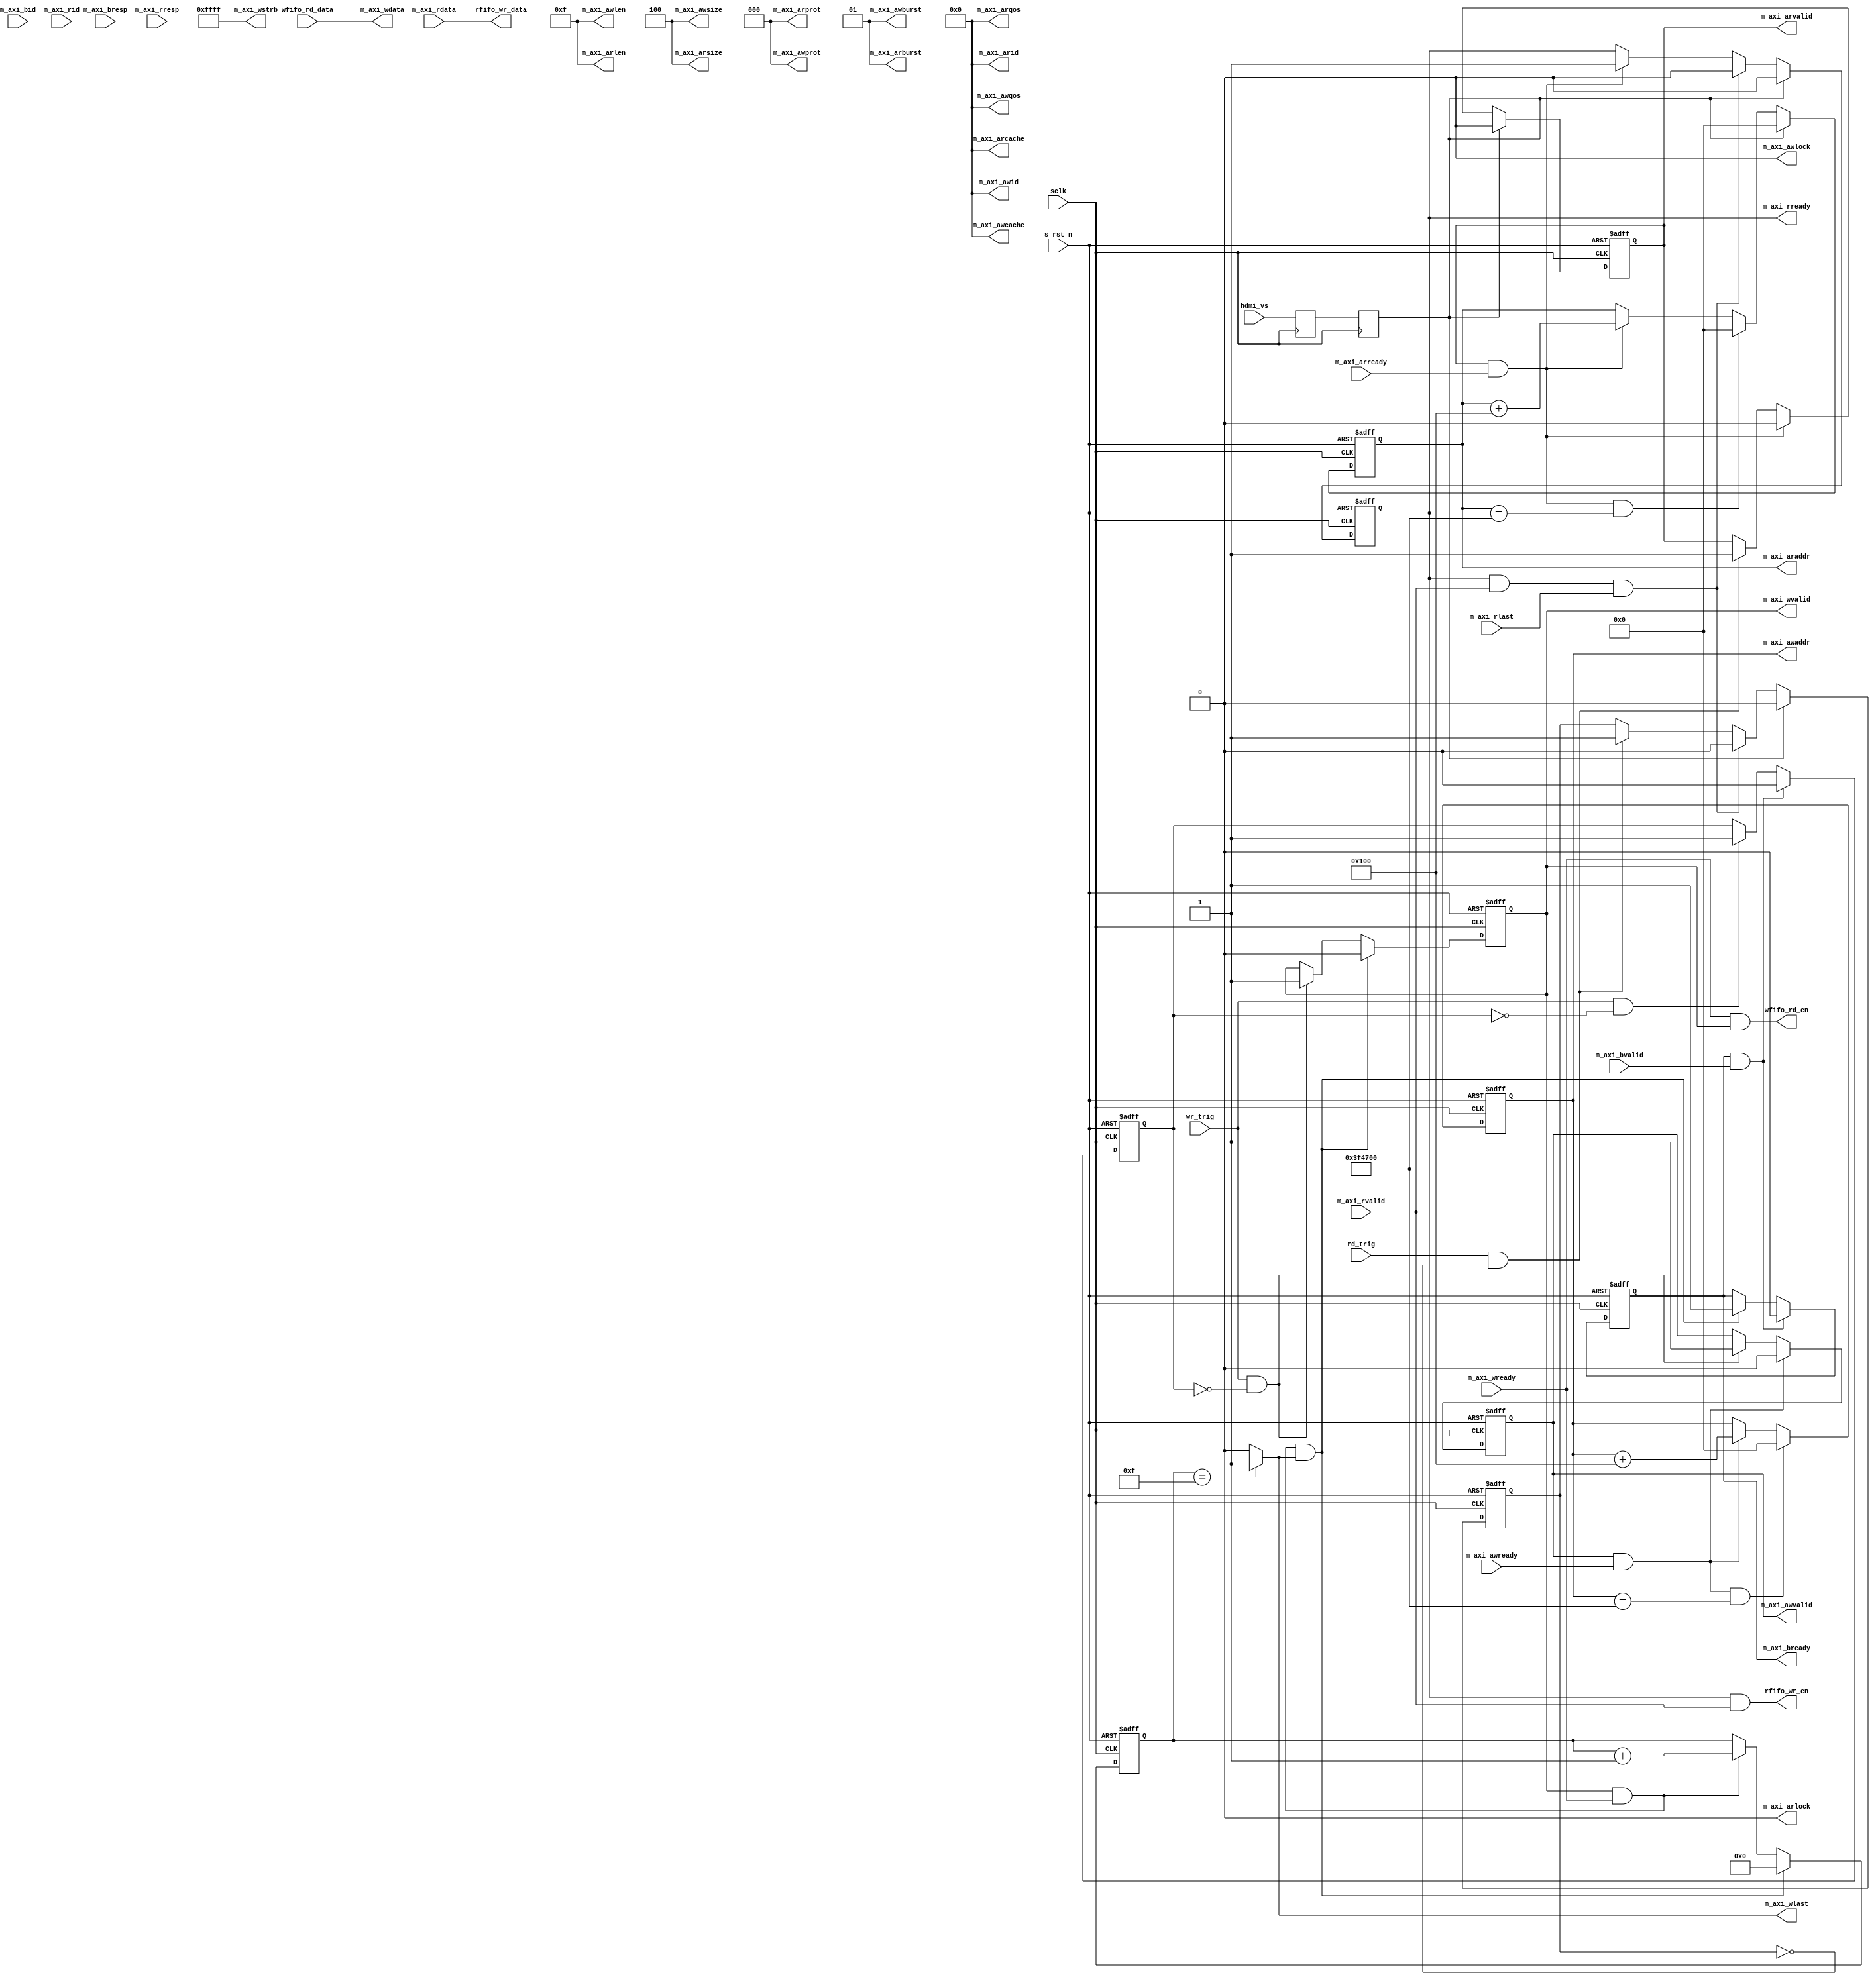
module axi4_master_ctrl(
		//sys signals
		input					sclk					,//ui_clk
		input					s_rst_n					,
		// Write Address Ports
        output  wire    [ 3:0]  m_axi_awid              ,
        output  reg    [27:0]  m_axi_awaddr            ,
        output  wire    [ 7:0]  m_axi_awlen             ,
        output  wire    [ 2:0]  m_axi_awsize            ,
        output  wire    [ 1:0]  m_axi_awburst           ,
        output  wire            m_axi_awlock            ,       
        output  wire    [ 3:0]  m_axi_awcache           ,
        output  wire    [ 2:0]  m_axi_awprot            ,
        output  wire    [ 3:0]  m_axi_awqos             ,
        output  reg             m_axi_awvalid           ,
        input                   m_axi_awready           ,
        // Write Data Ports                             
        output  wire     [127:0] m_axi_wdata             ,
        output  wire    [15:0]  m_axi_wstrb             ,
        output  wire            m_axi_wlast             ,
        output  reg             m_axi_wvalid            ,
        input                   m_axi_wready            ,
        // Write Response Ports                         
        input           [ 3:0]  m_axi_bid               ,
        input           [ 1:0]  m_axi_bresp             ,
        input                   m_axi_bvalid            ,
        output  reg             m_axi_bready            ,
        // Read Address Ports                            
        output  wire    [ 3:0]  m_axi_arid              ,
        output  reg    [27:0]  m_axi_araddr            ,
        output  wire    [ 7:0]  m_axi_arlen             ,
        output  wire    [ 2:0]  m_axi_arsize            ,
        output  wire    [ 1:0]  m_axi_arburst           ,
        output  wire            m_axi_arlock            ,
        output  wire    [ 3:0]  m_axi_arcache           ,
        output  wire    [ 2:0]  m_axi_arprot            ,
        output  wire    [ 3:0]  m_axi_arqos             ,
        output  reg            m_axi_arvalid           ,
        input                   m_axi_arready           ,
        // Read Data Ports                              
        input           [ 3:0]  m_axi_rid               ,
        input           [127:0] m_axi_rdata             ,
        input           [ 1:0]  m_axi_rresp             ,
        input                   m_axi_rlast             ,
        input                   m_axi_rvalid            ,
        output  reg            m_axi_rready            ,
        //wfifo
        input                   wr_trig      			,
		output					wfifo_rd_en				,
		input	[127:0]			wfifo_rd_data			,
		//rfifo
		input					hdmi_vs,
		input					rd_trig					,
		output					rfifo_wr_en				,
		output	[127:0]			rfifo_wr_data			
);
//======================define===============
parameter		AWADDR_MAX = 1920*1080*2-256;
parameter		ARADDR_MAX = 1920*1080*2-256;

// SIM

// localparam      AWADDR_MAX      =       1024*2-256              ;
// localparam      ARADDR_MAX      =       1024*2-256              ;


reg [7:0]		wr_cnt;
reg 			wr_work;


reg 			rd_work;


//==================main code================

assign m_axi_awid	 	= 'd0;
//assign m_axi_awaddr		= 'd64; //Byte
assign m_axi_awlen 		= 'd15; 
assign m_axi_awsize 	= 'd4;
assign m_axi_awburst	= 'd1;
assign m_axi_awlock     = 'd0;
assign m_axi_awcache    = 'd0;
assign m_axi_awprot     = 'd0;
assign m_axi_awqos      = 'd0;


//wr_work
always@(posedge sclk or negedge s_rst_n)begin
	if(!s_rst_n)
		wr_work <= 1'b0;
	else if(m_axi_bready && m_axi_bvalid)
		wr_work <= 1'b0;
	else if(wr_trig && !wr_work)
		wr_work <= 1'b1; 
end


//write address

always@(posedge sclk or negedge s_rst_n)begin
	if(!s_rst_n)
		m_axi_awaddr <= 'd0;
	else if(m_axi_awvalid && m_axi_awready && m_axi_awaddr == AWADDR_MAX)
		m_axi_awaddr <= 'd0;
	else if(m_axi_awvalid && m_axi_awready)
		m_axi_awaddr <= m_axi_awaddr + 'd256; 
end

always@(posedge sclk or negedge s_rst_n)begin
	if(!s_rst_n)
		m_axi_awvalid <= 1'b0;
	else if(m_axi_awvalid && m_axi_awready)
		m_axi_awvalid <= 1'b0;
	else if(wr_trig && wr_work == 1'b0)
		m_axi_awvalid <= 1'b1; 
end


//write data
assign m_axi_wdata = wfifo_rd_data;
assign wfifo_rd_en = m_axi_wready & m_axi_wvalid;


assign m_axi_wlast = (wr_cnt == m_axi_awlen) ? 1'b1 : 1'b0;
assign m_axi_wstrb = 16'hffff;

always  @(posedge sclk or negedge s_rst_n) begin
        if(s_rst_n == 1'b0)
                m_axi_wvalid    <=      1'b0;
        else if(m_axi_wvalid == 1'b1 && m_axi_wready == 1'b1 && m_axi_wlast == 1'b1)
                m_axi_wvalid    <=      1'b0;
        else if(wr_trig == 1'b1 && wr_work == 1'b0)
                m_axi_wvalid    <=      1'b1;
end

always@(posedge sclk or negedge s_rst_n)begin
	if(!s_rst_n)
		wr_cnt <= 'd0;
	else if(m_axi_wready && m_axi_wvalid && m_axi_wlast)
		wr_cnt <= 'd0;
	else if(m_axi_wvalid && m_axi_wready)
		wr_cnt <= wr_cnt + 1'b1; 
end



//write response
always@(posedge sclk or negedge s_rst_n)begin
	if(!s_rst_n)
		m_axi_bready <= 1'b0;
	else if(m_axi_bready && m_axi_bvalid)
		m_axi_bready <= 1'b0;
	else if(m_axi_wready && m_axi_wvalid && m_axi_wlast)
		m_axi_bready <= 1'b1;
end


reg    vga_vsync_r1                    ;   
reg    vga_vsync_r2                    ;

always  @(posedge sclk) begin
        vga_vsync_r1    <=      hdmi_vs;
        vga_vsync_r2    <=      vga_vsync_r1;
end 

//=============================================================
//==========read==============================

//read address
assign m_axi_arid	 	= 'd0;
//assign m_axi_awaddr		= 'd64; //Byte
assign m_axi_arlen 		= 'd15; 
assign m_axi_arsize 	= 'd4;
assign m_axi_arburst	= 'd1;
assign m_axi_arlock     = 'd0;
assign m_axi_arcache    = 'd0;
assign m_axi_arprot     = 'd0;
assign m_axi_arqos      = 'd0;


//rd_work
always@(posedge sclk or negedge s_rst_n)begin
	if(!s_rst_n)
		rd_work <= 1'b0;
	else if(vga_vsync_r2 == 1'b1)
        rd_work <=      1'b0;
	else if(m_axi_rready && m_axi_rvalid && m_axi_rlast)
		rd_work <= 1'b0;
	else if(rd_trig && !rd_work)
		rd_work <= 1'b1; 
end


//read address
always@(posedge sclk or negedge s_rst_n)begin
	if(!s_rst_n)
		m_axi_arvalid <= 1'b0;
	else if(vga_vsync_r2 == 1'b1)
		m_axi_arvalid <= 1'b0;
	else if(m_axi_arvalid && m_axi_arready)
		m_axi_arvalid <= 1'b0;
	else if(rd_trig && !rd_work)
		m_axi_arvalid <= 1'b1; 
end

always@(posedge sclk or negedge s_rst_n)begin
	if(!s_rst_n)
		m_axi_araddr <= 'd0;
	else if(vga_vsync_r2 == 1'b1)
		m_axi_araddr <= 'd0;
	else if(m_axi_arvalid && m_axi_arready && m_axi_araddr == ARADDR_MAX)
		m_axi_araddr <= 'd0;
	else if(m_axi_arvalid && m_axi_arready)
		m_axi_araddr <= m_axi_araddr + 'd256; 
end

always@(posedge sclk or negedge s_rst_n)begin
	if(!s_rst_n)
		m_axi_rready <= 1'b0;
	else if(vga_vsync_r2 == 1'b1)
        m_axi_rready <=      1'b0;
	else if(m_axi_rready && m_axi_rvalid && m_axi_rlast)
		m_axi_rready <= 1'b0;
	else if(m_axi_arvalid && m_axi_arready)
		m_axi_rready <= 1'b1; 
end

 
//read data
assign rfifo_wr_data = m_axi_rdata;
assign rfifo_wr_en = m_axi_rready & m_axi_rvalid;









endmodule